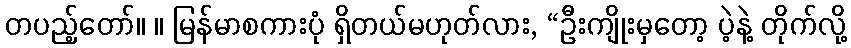
တပည့်တော်။ ။ မြန်မာစကားပုံ ရှိတယ်မဟုတ်လား, “ဦးကျိုးမှတော့ ပဲ့နဲ့ တိုက်လို့